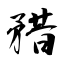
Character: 矠